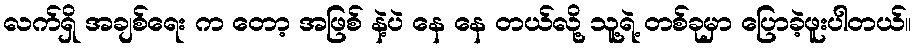
လက်ရှိ အချစ်ရေး က တော့ အဖြစ် နဲ့ပဲ နေ နေ တယ်လို့ သူ့ရဲ့ တစ်ခုမှာ ပြောခဲ့ဖူးပါတယ်။